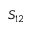
S _ { 1 2 }